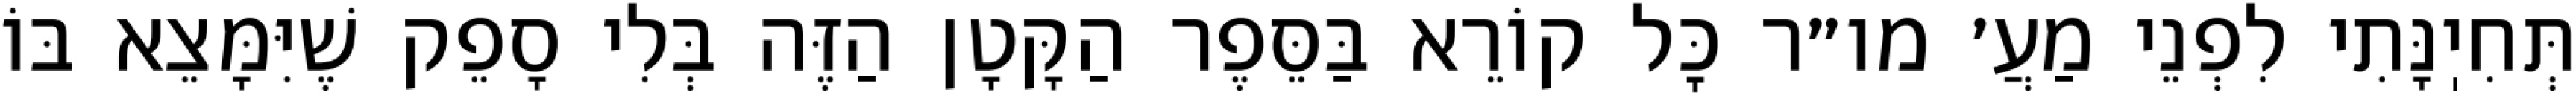
תְּחִיֽנָּתִי לִפְנֵי מַעֲ׳ מו״ר כׇּל קוֹרֵא בַּסֵּפֶר הַקָּטָן הַזֶּה בְּלִי סָפֵק שֶׁיִּמָּצֵא בּוֹ